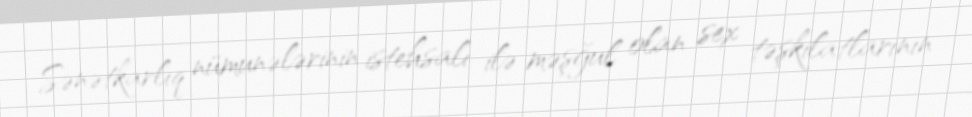
Sənətkarlıq nümunələrinin istehsalı ilə məşğul olan sex təşkilatlarının